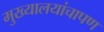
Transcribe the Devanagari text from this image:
मुख्यालयांचापण